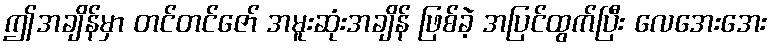
ဤအချိန်မှာ တင်တင်ဇော် အမူးဆုံးအချိန် ဖြစ်ခဲ့ အပြင်ထွက်ပြီး လေအေးအေး